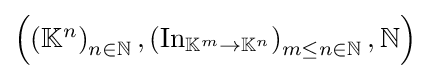
\textstyle \left(\left(\mathbb {K} ^{n}\right)_{n\in \mathbb {N} },\left(\operatorname {In} _{\mathbb {K} ^{m}\to \mathbb {K} ^{n}}\right)_{m\leq n\in \mathbb {N} },\mathbb {N} \right)